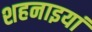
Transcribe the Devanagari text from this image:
शहनाइयां